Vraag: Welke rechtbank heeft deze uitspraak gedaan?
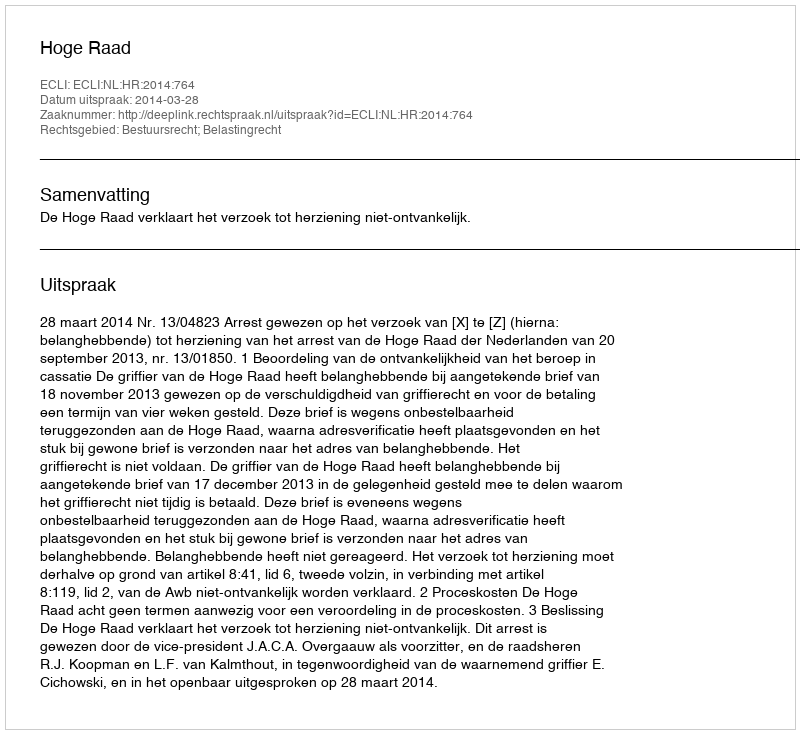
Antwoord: Hoge Raad